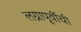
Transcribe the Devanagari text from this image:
लग्नापूर्वीची